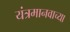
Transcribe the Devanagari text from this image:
यंत्रमानवाच्या